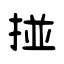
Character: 挜